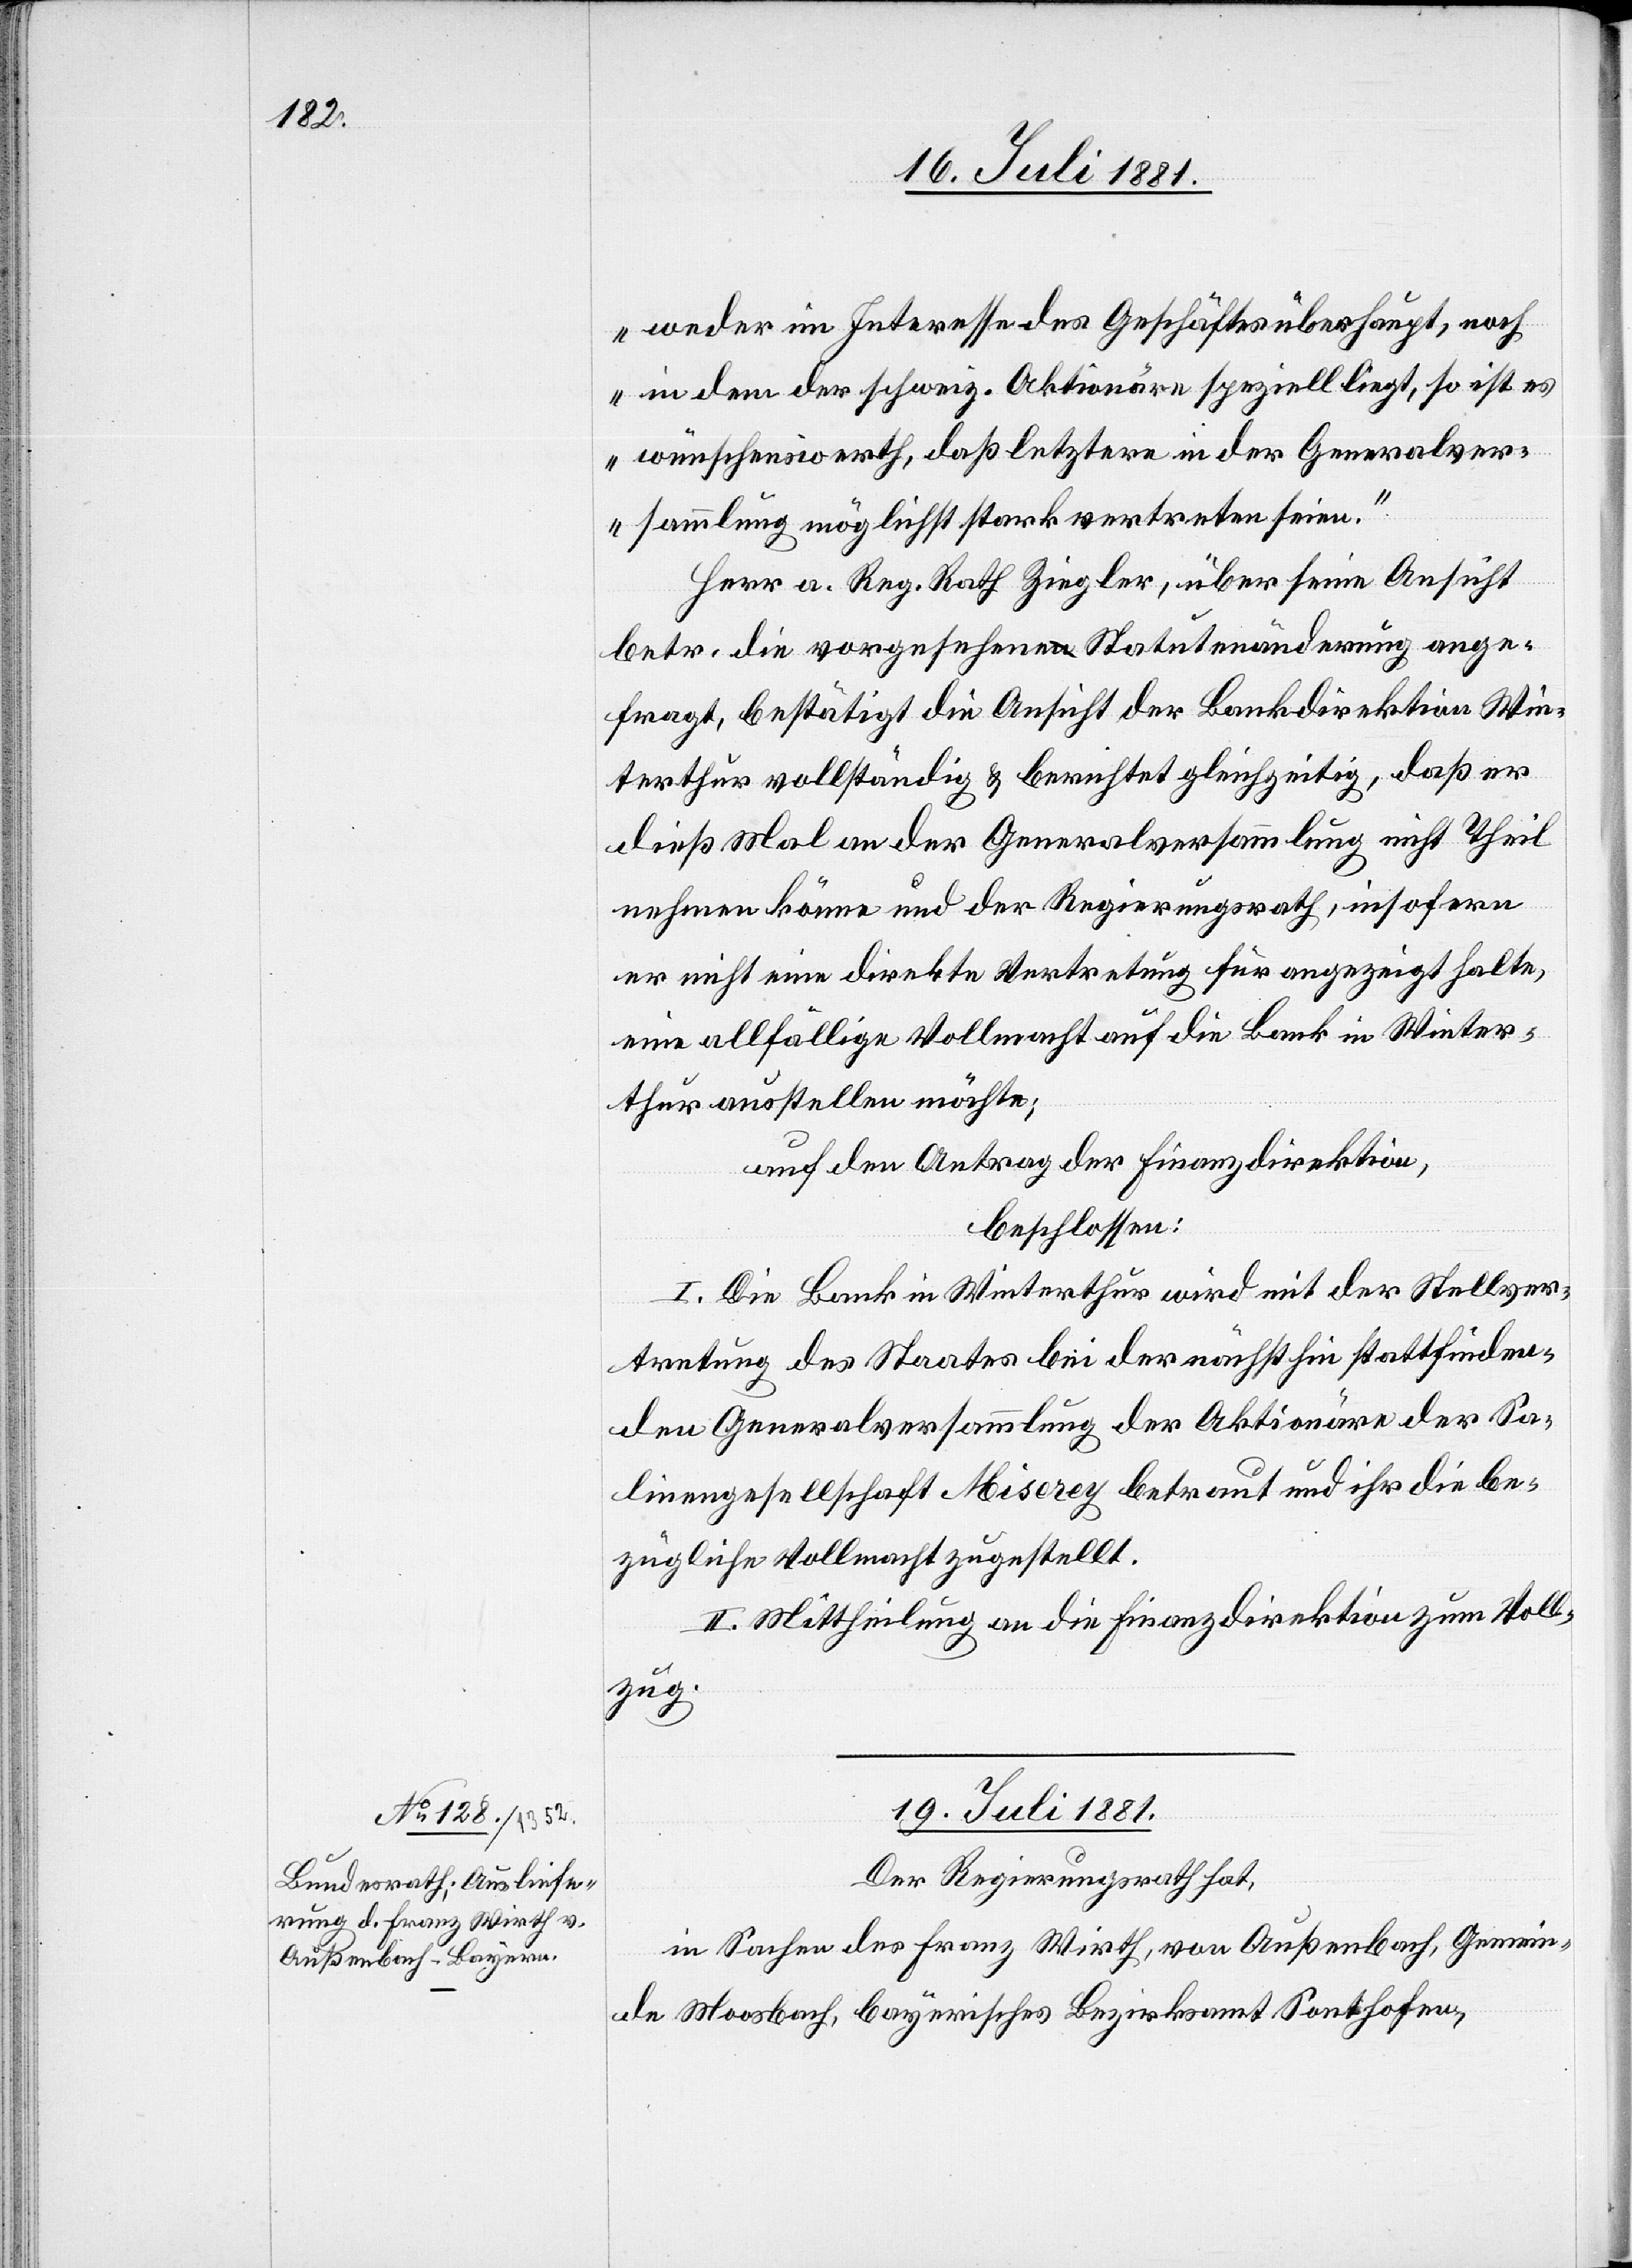
weder im Interesse des Geschäfts überhaupt, noch
in dem der schweiz. Aktionäre speziell liegt, so ist es
wünschenswerth, daß letztere in der Generalver¬
sammlung möglichst stark vertreten seien.“
Herr a. Reg. Rath Ziegler, über seine Ansicht
betr. die vorgesehene Statutenänderung ange¬
fragt, bestätigt die Ansicht der Bankdirektion Win¬
terthur vollständig & berichtet gleichzeitig, daß er
dieß Mal an der Generalversammlung nicht Theil
nehmen könne und der Regierungsrath, insofern
er nicht eine direkte Vertretung für angezeigt halte,
eine allfällige Vollmacht auf die Bank in Winter¬
thur ausstellen möchte;
auf den Antrag der Finanzdirektion,
beschlossen:
I. Die Bank in Winterthur wird mit der Stellver¬
tretung des Staates bei der nächsthin stattfinden¬
den Generalversammlung der Aktionäre der Sa¬
linengesellschaft Miserey betraut und ihr die be¬
zügliche Vollmacht zugestellt.
II. Mittheilung an die Finanzdirektion zum Voll¬
zug.
19. Juli 1881.
Der Regierungsrath hat,
in Sachen des Franz Wirth, von Außenbach, Gemein¬
de Moosburg, bayerisches Bezirksamt Sonthofen,